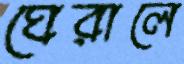
ঘেরালে